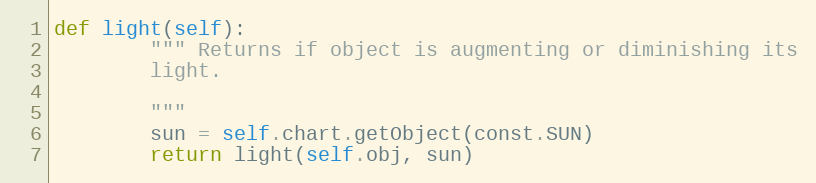
Language: Python
def light(self):
        """ Returns if object is augmenting or diminishing its
        light.

        """
        sun = self.chart.getObject(const.SUN)
        return light(self.obj, sun)